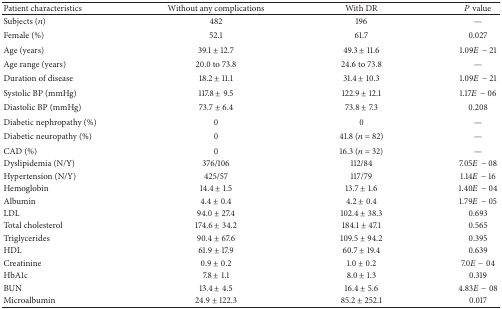
<table><thead><tr><td><b>Patient characteristics</b></td><td><b>Without any complications</b></td><td><b>With DR</b></td><td><b><i>P</i> value</b></td></tr></thead><tbody><tr><td>Subjects (<i>n</i>)</td><td>482</td><td>196</td><td>—</td></tr><tr><td>Female (%)</td><td>52.1</td><td>61.7</td><td>0.027</td></tr><tr><td>Age (years)</td><td>39.1 ± 12.7</td><td>49.3 ± 11.6</td><td>1.09<i>E</i>− 21</td></tr><tr><td>Age range (years)</td><td>20.0 to 73.8</td><td>24.6 to 73.8</td><td>—</td></tr><tr><td>Duration of disease</td><td>18.2 ± 11.1</td><td>31.4 ± 10.3</td><td>1.09<i>E</i>− 21</td></tr><tr><td>Systolic BP (mmHg)</td><td>117.8 ± 9.5</td><td>122.9 ± 12.1</td><td>1.17<i>E</i>− 06</td></tr><tr><td>Diastolic BP (mmHg)</td><td>73.7 ± 6.4</td><td>73.8 ± 7.3</td><td>0.208</td></tr><tr><td>Diabetic nephropathy (%)</td><td>0</td><td>0</td><td>—</td></tr><tr><td>Diabetic neuropathy (%)</td><td>0</td><td>41.8 (<i>n</i> = 82)</td><td>—</td></tr><tr><td>CAD (%)</td><td>0</td><td>16.3 (<i>n</i> = 32)</td><td>—</td></tr><tr><td>Dyslipidemia (N/Y)</td><td>376/106</td><td>112/84</td><td>7.05<i>E</i>− 08</td></tr><tr><td>Hypertension (N/Y)</td><td>425/57</td><td>117/79</td><td>1.14<i>E</i>− 16</td></tr><tr><td>Hemoglobin</td><td>14.4 ± 1.5</td><td>13.7 ± 1.6</td><td>1.40<i>E</i>− 04</td></tr><tr><td>Albumin</td><td>4.4 ± 0.4</td><td>4.2 ± 0.4</td><td>1.79<i>E</i>− 05</td></tr><tr><td>LDL</td><td>94.0 ± 27.4</td><td>102.4 ± 38.3</td><td>0.693</td></tr><tr><td>Total cholesterol</td><td>174.6 ± 34.2</td><td>184.1 ± 47.1</td><td>0.565</td></tr><tr><td>Triglycerides</td><td>90.4 ± 67.6</td><td>109.5 ± 94.2</td><td>0.395</td></tr><tr><td>HDL</td><td>61.9 ± 17.9</td><td>60.7 ± 19.4</td><td>0.639</td></tr><tr><td>Creatinine</td><td>0.9 ± 0.2</td><td>1.0 ± 0.2</td><td>7.0<i>E</i>− 04</td></tr><tr><td>HbA1c</td><td>7.8 ± 1.1</td><td>8.0 ± 1.3</td><td>0.319</td></tr><tr><td>BUN</td><td>13.4 ± 4.5</td><td>16.4 ± 5.6</td><td>4.83<i>E</i>− 08</td></tr><tr><td>Microalbumin</td><td>24.9 ± 122.3</td><td>85.2 ± 252.1</td><td>0.017</td></tr></tbody></table>